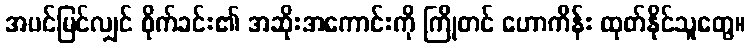
အပင်မြင်လျှင် စိုက်ခင်း၏ အဆိုးအကောင်းကို ကြိုတင် ဟောကိန်း ထုတ်နိုင်သူတွေ။